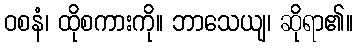
ဝစနံ၊ ထိုစကားကို။ ဘာသေယျ၊ ဆိုရာ၏။